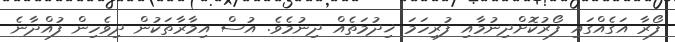
ފޯރާ އަގެއްގައި ފޯރުކޮށްދިނުމާއި ފުރިހަމަ ޚިދުމަތެއް ދިނުމެވެ. އުސް އިމާރާތަކުން ދިވެހިން ފުއްދާނެ